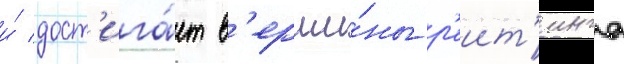
и́ дост'ига́ет в'ерши́ны р'еит'инга